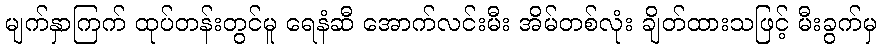
မျက်နှာကြက် ထုပ်တန်းတွင်မူ ရေနံဆီ အောက်လင်းမီး အိမ်တစ်လုံး ချိတ်ထားသဖြင့် မီးခွက်မှ